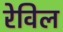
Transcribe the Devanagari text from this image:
रेविल